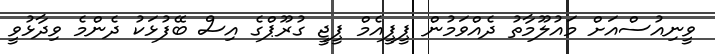
ވީނިއުސްއަށް މައުލޫމާތު ދެއްވަމުން ޕީޕީއެމް ޕީޖީ ގުރޫޕްގެ އިސް ބޭފުޅަކު ދެންމެ ވިދާޅުވީ